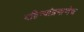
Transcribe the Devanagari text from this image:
महिन्यांप्रमाणेच